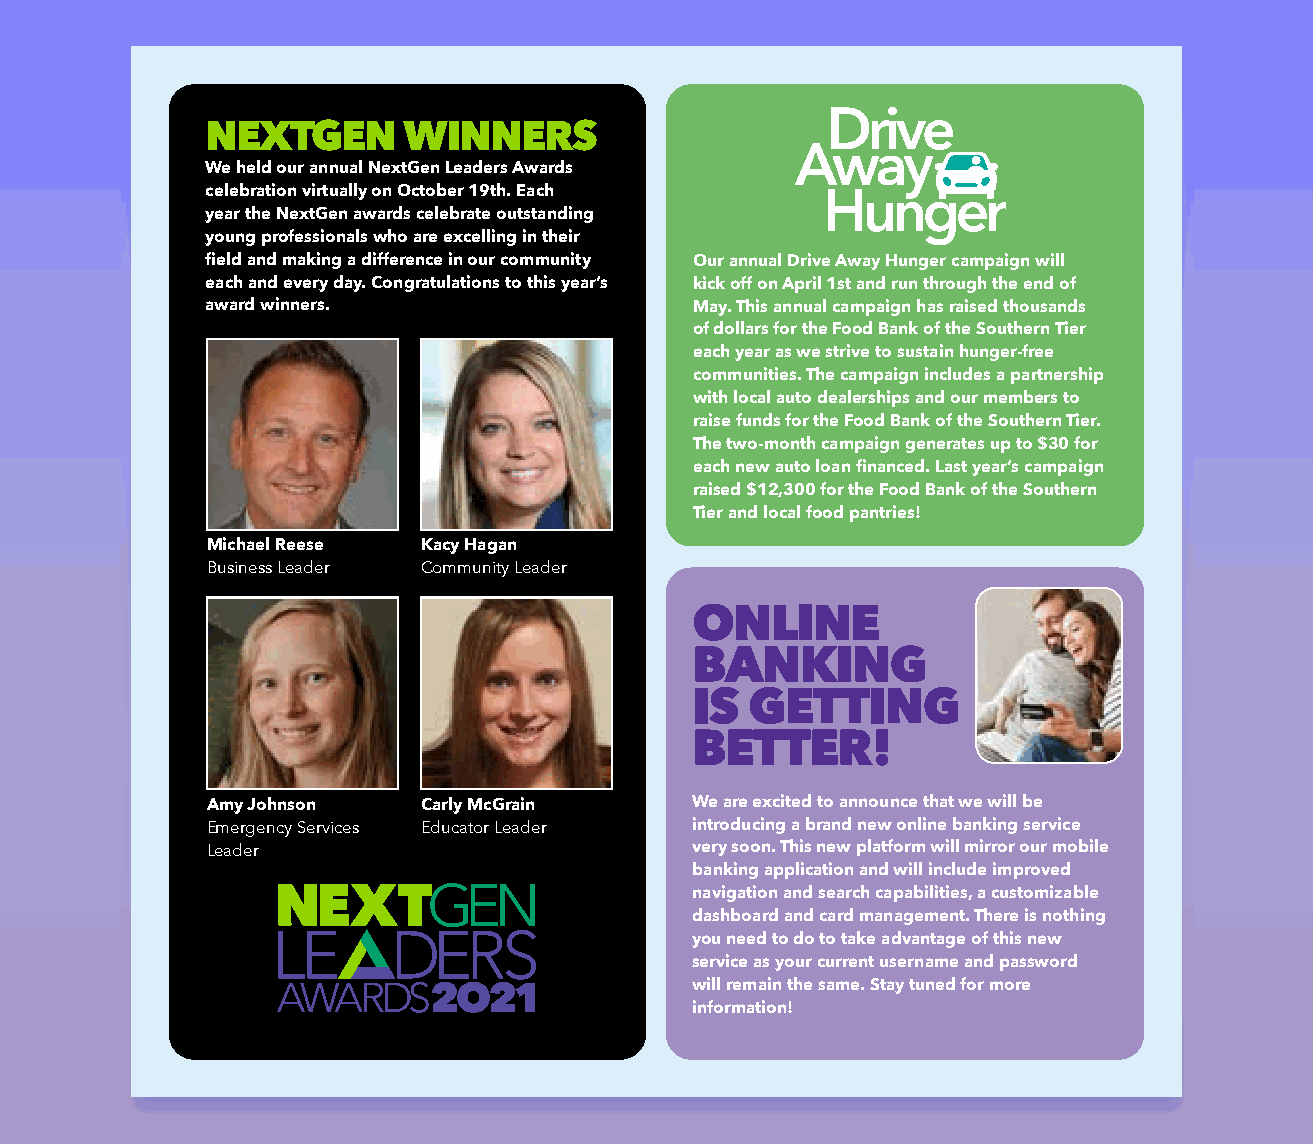
NEXTGEN      WINNERS
 We held our annual NextGen Leaders Awards
 celebration virtually on October 19th. Each
 year the NextGen awards celebrate outstanding
 young professionals who are excelling in their
 field and making a difference in our community Our annual Drive Away Hunger campaign will
 each and every day. Congratulations to this year’s kick off on April 1st and run through the end of
 award winners.                  May. This annual campaign has raised thousands
 of dollars for the Food Bank of the Southern Tier
 each year as we strive to sustain hunger-free
 communities. The campaign includes a partnership
 with local auto dealerships and our members to
 raise funds for the Food Bank of the Southern Tier.
 The two-month campaign generates up to $30 for
 each new auto loan financed. Last year’s campaign
 raised $12,300 for the Food Bank of the Southern
 Tier and local food pantries!
 Michael Reese Kacy Hagan
 Business Leader Community Leader
 ONLINE
 BANKING
 IS  GETTING
 BETTER!
 Amy Johnson   Carly McGrain     We are excited to announce that we will be
 Emergency Services Educator Leader introducing a brand new online banking service
 Leader                          very soon. This new platform will mirror our mobile
 banking application and will include improved
 navigation and search capabilities, a customizable
 dashboard and card management. There is nothing
 you need to do to take advantage of this new
 service as your current username and password
 1           will remain the same. Stay tuned for more
 information!